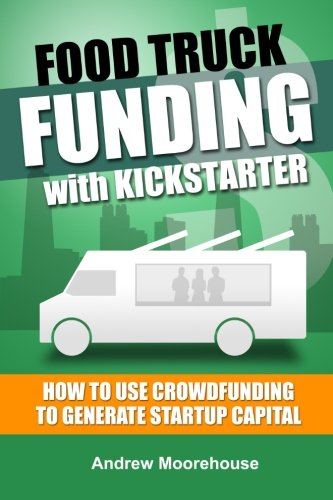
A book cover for Food Truck Funding with Kickstarter (Food Truck Startup Series); Andrew Moorehouse; Business & Money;